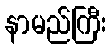
နာမည်ကြီး